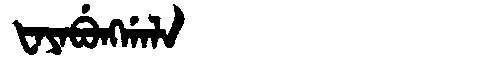
Manchu: ᡶᠠᠶᠠᠪᡠᠩᡤᠠᠯᠠ
Romanization: FAYABUNGGALA